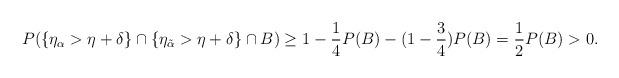
LaTeX: \begin{align*}P(\left\{\eta_{\alpha} >\eta+ \delta\right\} \cap \left\{\eta_{\tilde\alpha} >\eta+ \delta\right\} \cap B) \geq 1- \frac{1}{4}P(B)-(1- \frac{3}{4})P(B)= \frac{1}{2}P(B)>0.\end{align*}